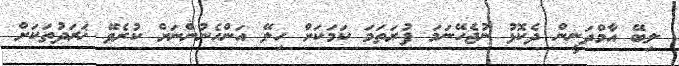
ލިބޭ އާމްދަނީން ދެކޮޅު ނުޖެހޭނަމަ ފުރަތަމަ ކަމަކަށް ހިލޭ އަންހެނުންނަށް ކުރެވޭ ޚަރަދުތަކަށް